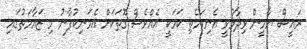
ރައީސް ޔާމީން ވިދާޅުވީ އެނިކަމެތި ކަމަކީ އެއްވެސް ގޮތަކަށް އެމަނިކުފާނު މި ޒައާމަތުގައި